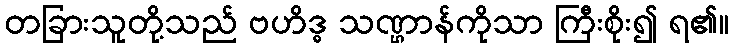
တခြားသူတို့သည် ဗဟိဒ္ဓ သဏ္ဌာန်ကိုသာ ကြီးစိုး၍ ရ၏။